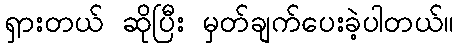
ရှားတယ် ဆိုပြီး မှတ်ချက်ပေးခဲ့ပါတယ်။